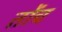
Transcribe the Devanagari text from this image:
तोंच